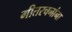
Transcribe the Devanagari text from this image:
गीतरचनांना